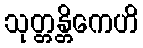
သုတ္တန္တိကေဟိ